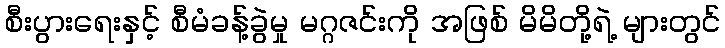
စီးပွားရေးနှင့် စီမံခန့်ခွဲမှု မဂ္ဂဇင်းကို အဖြစ် မိမိတို့ရဲ့ များတွင်